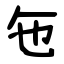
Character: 㐌